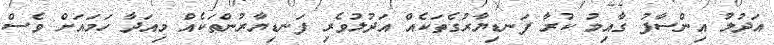
އަދުލު އިންސާފު ގާއިމު ކުރާ ފަނޑިޔާރުގެތަކެއް އަދުލުވެރި ފަނޑިޔާރުންތަކެއް މިއަދާ ހަމައަށް ވެސް